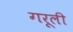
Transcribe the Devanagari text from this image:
गरूली